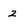
Character: 2